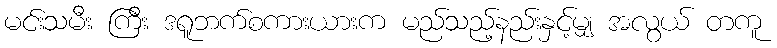
မင်းသမီး ကြီး ဒရူဘက်စကားယားက မည်သည့်နည်းနှင့်မျှ အလွယ် တကူ